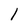
Character: l